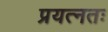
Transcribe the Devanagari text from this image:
प्रयत्नतः